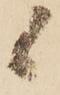
候